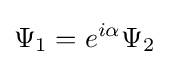
\Psi _{1}=e^{i\alpha }\Psi _{2}